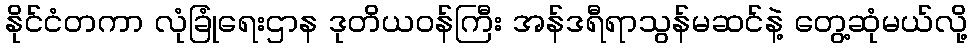
နိုင်ငံတကာ လုံခြုံရေးဌာန ဒုတိယဝန်ကြီး အန်ဒရီရာသွန်မဆင်နဲ့ တွေ့ဆုံမယ်လို့